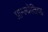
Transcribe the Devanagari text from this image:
प्राग्ज्योतिच्ह